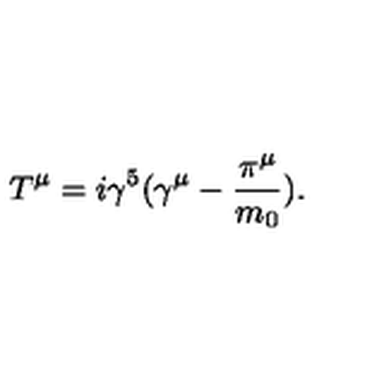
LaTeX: T ^ { \mu } = i \gamma ^ { 5 } ( \gamma ^ { \mu } - \frac { \pi ^ { \mu } } { m _ { 0 } } ) .